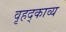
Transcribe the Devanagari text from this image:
वृहद्काव्य